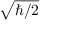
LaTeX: \sqrt { \hbar / 2 }